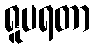
ရူပရတာ